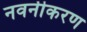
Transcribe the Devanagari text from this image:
नवनीकरण